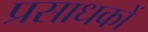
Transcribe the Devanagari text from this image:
प्रसाधकों